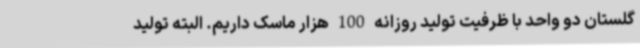
گلستان دو واحد با ظرفیت تولید روزانه 100 هزار ماسک داریم. البته تولید